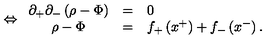
\Leftrightarrow \begin{array} { c c l } { \partial _ { + } \partial _ { - } \left( \rho - \Phi \right) } & { = } & { 0 } \\ { \rho - \Phi } & { = } & { f _ { + } \left( x ^ { + } \right) + f _ { - } \left( x ^ { - } \right) . } \\ \end{array}